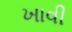
ખાવી